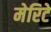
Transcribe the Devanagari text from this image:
मेरिटे